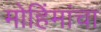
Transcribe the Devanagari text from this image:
मोहिंमांचा